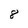
Character: 8